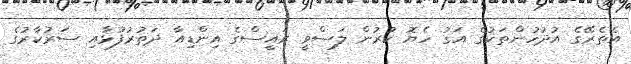
އެތެރޭގެ އުދުހުންތަކުގެ އަގު ހެޔޮ ކުރުން ލަސްވީ ރައީސްގެ އިންޑިއާ ދަތުރުފުޅާއި ސަރުކާރުގެ